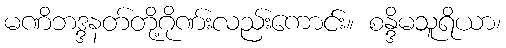
မဏိဘဒ္ဒနတ်တို့ဂိုဏ်းလည်းကောင်း။ စန္ဒိမသူရိယာ၊